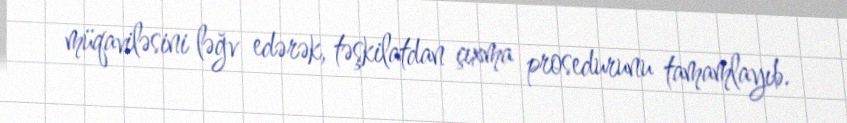
müqaviləsini ləğv edərək, təşkilatdan çıxma prosedurunu tamamlayıb.